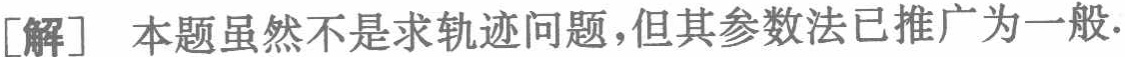
[解] 本题虽然不是求轨迹问题,但其参数法已推广为一般.